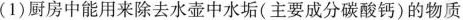
(1)厨房中能用来除去水壶中水垢(主要成分碳酸钙)的物质